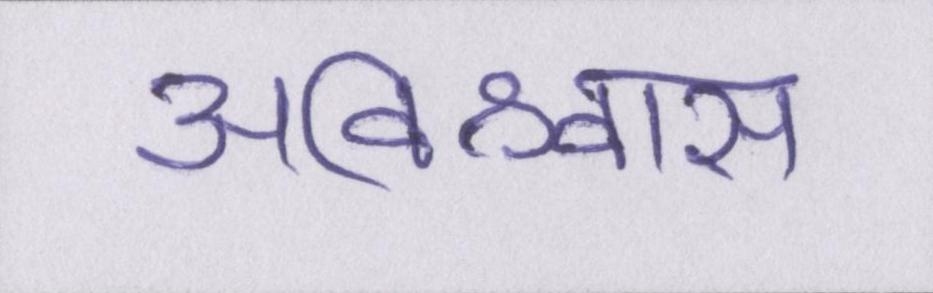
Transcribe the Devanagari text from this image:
अविश्वास